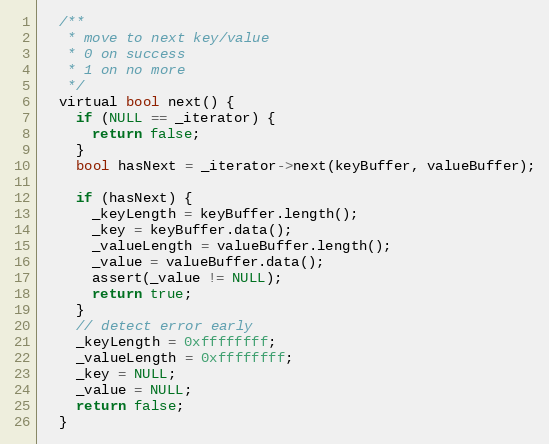
Language: C
  /**
   * move to next key/value
   * 0 on success
   * 1 on no more
   */
  virtual bool next() {
    if (NULL == _iterator) {
      return false;
    }
    bool hasNext = _iterator->next(keyBuffer, valueBuffer);

    if (hasNext) {
      _keyLength = keyBuffer.length();
      _key = keyBuffer.data();
      _valueLength = valueBuffer.length();
      _value = valueBuffer.data();
      assert(_value != NULL);
      return true;
    }
    // detect error early
    _keyLength = 0xffffffff;
    _valueLength = 0xffffffff;
    _key = NULL;
    _value = NULL;
    return false;
  }